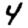
Digit: 4